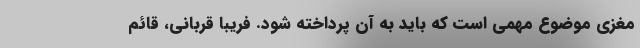
مغزی موضوع مهمی است که باید به آن پرداخته شود. فریبا قربانی، قائم